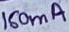
Text: 160mA